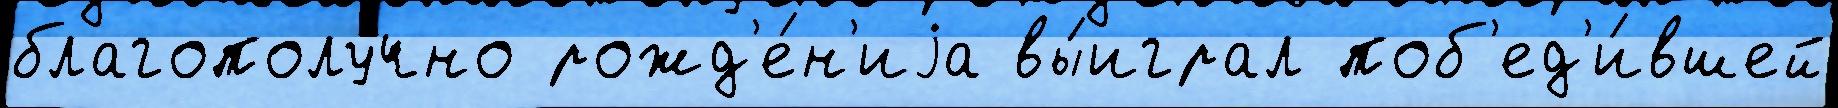
благополу́чно рожд'е́н'иjа вы́играл поб'ед'и́вшей